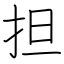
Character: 担